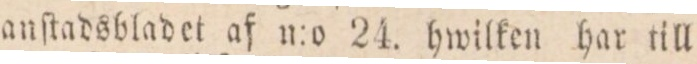
anſtadsbladet af n:o 24. hwilken har till